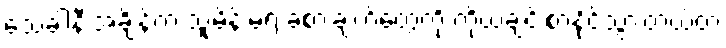
သေခါနီးအချိန်က သူ့မိန်းမရဲ့ ခံစားချက်တွေကို ကိုယ်ချင်းစာနိုင်သွားတယ်တဲ့